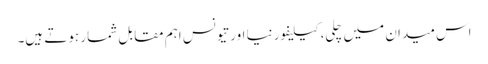
اس میدان میں چِلی، کیلیفورنیا اور تیونس اہم مقابل شمار ہوتے ہیں۔